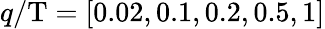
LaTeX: q/\mathrm{T}=[0.02,0.1,0.2,0.5,1]